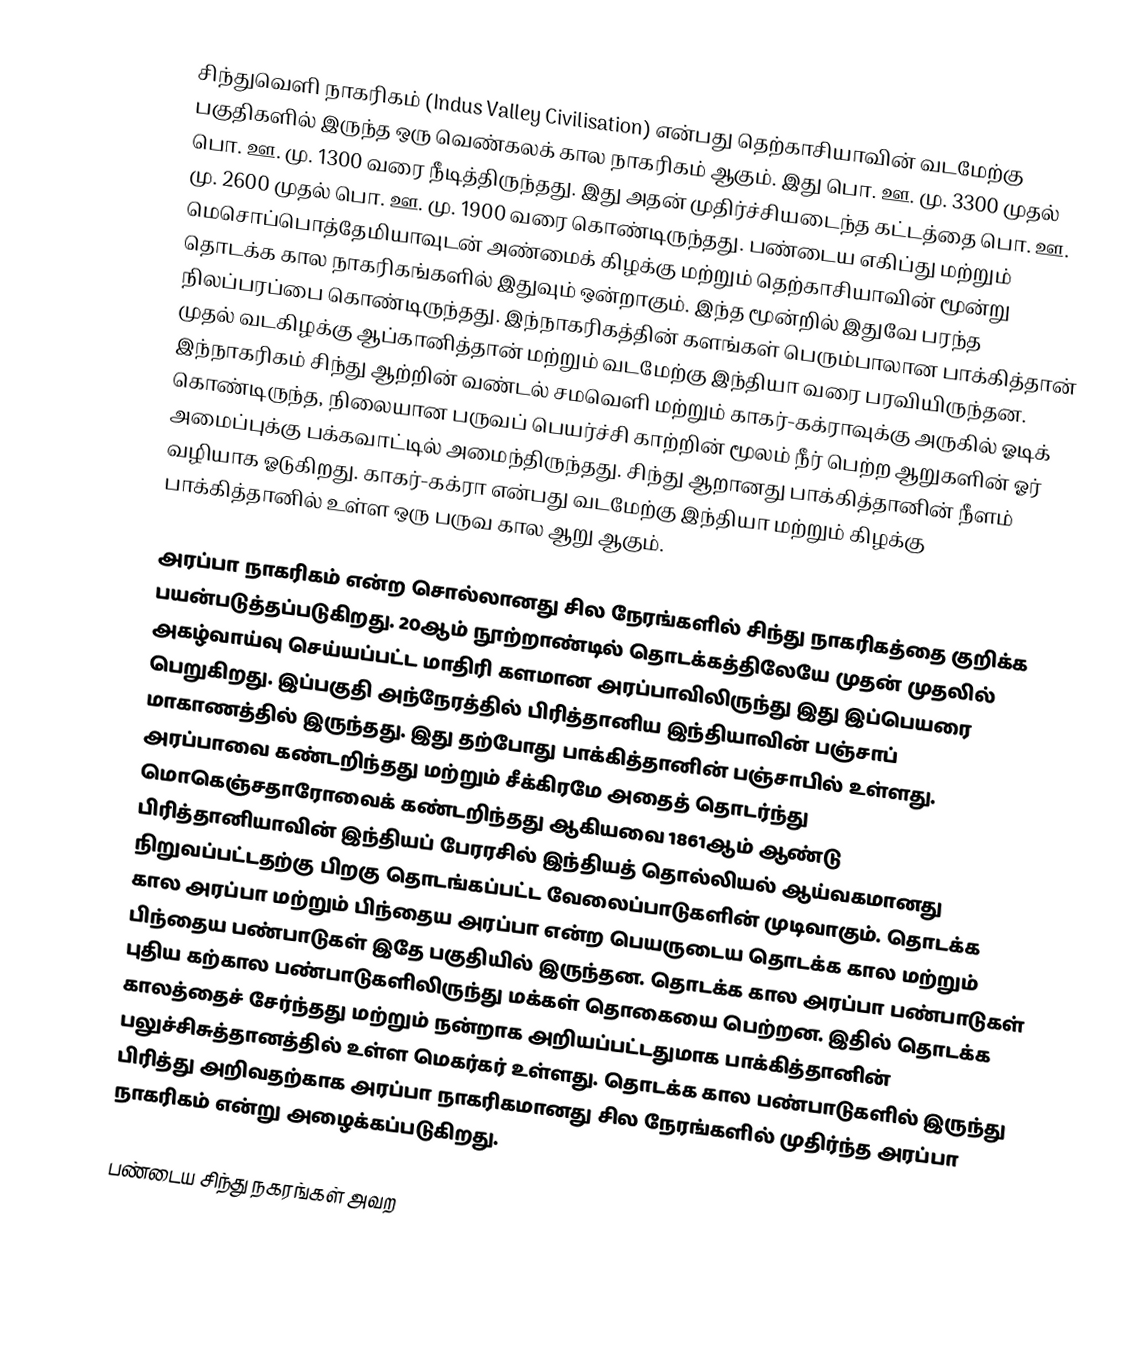
சிந்துவெளி நாகரிகம் (Indus Valley Civilisation) என்பது தெற்காசியாவின் வடமேற்கு பகுதிகளில் இருந்த ஒரு வெண்கலக் கால நாகரிகம் ஆகும். இது பொ. ஊ. மு. 3300 முதல் பொ. ஊ. மு. 1300 வரை நீடித்திருந்தது. இது அதன் முதிர்ச்சியடைந்த கட்டத்தை பொ. ஊ. மு. 2600 முதல் பொ. ஊ. மு. 1900 வரை கொண்டிருந்தது. பண்டைய எகிப்து மற்றும் மெசொப்பொத்தேமியாவுடன் அண்மைக் கிழக்கு மற்றும் தெற்காசியாவின் மூன்று தொடக்க கால நாகரிகங்களில் இதுவும் ஒன்றாகும். இந்த மூன்றில் இதுவே பரந்த நிலப்பரப்பை கொண்டிருந்தது. இந்நாகரிகத்தின் களங்கள் பெரும்பாலான பாக்கித்தான் முதல் வடகிழக்கு ஆப்கானித்தான் மற்றும் வடமேற்கு இந்தியா வரை பரவியிருந்தன. இந்நாகரிகம் சிந்து ஆற்றின் வண்டல் சமவெளி மற்றும் காகர்-கக்ராவுக்கு அருகில் ஓடிக் கொண்டிருந்த, நிலையான பருவப் பெயர்ச்சி காற்றின் மூலம் நீர் பெற்ற ஆறுகளின் ஓர் அமைப்புக்கு பக்கவாட்டில் அமைந்திருந்தது. சிந்து ஆறானது பாக்கித்தானின் நீளம் வழியாக ஓடுகிறது. காகர்-கக்ரா என்பது வடமேற்கு இந்தியா மற்றும் கிழக்கு பாக்கித்தானில் உள்ள ஒரு பருவ கால ஆறு ஆகும்.

அரப்பா நாகரிகம் என்ற சொல்லானது சில நேரங்களில் சிந்து நாகரிகத்தை குறிக்க பயன்படுத்தப்படுகிறது. 20ஆம் நூற்றாண்டில் தொடக்கத்திலேயே முதன் முதலில் அகழ்வாய்வு செய்யப்பட்ட மாதிரி களமான அரப்பாவிலிருந்து இது இப்பெயரை பெறுகிறது. இப்பகுதி அந்நேரத்தில் பிரித்தானிய இந்தியாவின் பஞ்சாப் மாகாணத்தில் இருந்தது. இது தற்போது பாக்கித்தானின் பஞ்சாபில் உள்ளது. அரப்பாவை கண்டறிந்தது மற்றும் சீக்கிரமே அதைத் தொடர்ந்து மொகெஞ்சதாரோவைக் கண்டறிந்தது ஆகியவை 1861ஆம் ஆண்டு பிரித்தானியாவின் இந்தியப் பேரரசில் இந்தியத் தொல்லியல் ஆய்வகமானது நிறுவப்பட்டதற்கு பிறகு தொடங்கப்பட்ட வேலைப்பாடுகளின் முடிவாகும். தொடக்க கால அரப்பா மற்றும் பிந்தைய அரப்பா என்ற பெயருடைய தொடக்க கால மற்றும் பிந்தைய பண்பாடுகள் இதே பகுதியில் இருந்தன. தொடக்க கால அரப்பா பண்பாடுகள் புதிய கற்கால பண்பாடுகளிலிருந்து மக்கள் தொகையை பெற்றன. இதில் தொடக்க காலத்தைச் சேர்ந்தது மற்றும் நன்றாக அறியப்பட்டதுமாக பாக்கித்தானின் பலுச்சிசுத்தானத்தில் உள்ள மெகர்கர் உள்ளது. தொடக்க கால பண்பாடுகளில் இருந்து பிரித்து அறிவதற்காக அரப்பா நாகரிகமானது சில நேரங்களில் முதிர்ந்த அரப்பா நாகரிகம் என்று அழைக்கப்படுகிறது.

பண்டைய சிந்து நகரங்கள் அவற